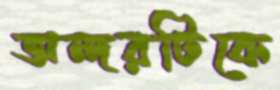
অন্দরটিকে